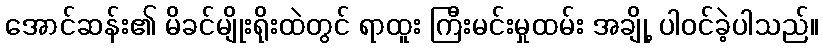
အောင်ဆန်း၏ မိခင်မျိုးရိုးထဲတွင် ရာထူး ကြီးမင်းမှုထမ်း အချို့ ပါဝင်ခဲ့ပါသည်။